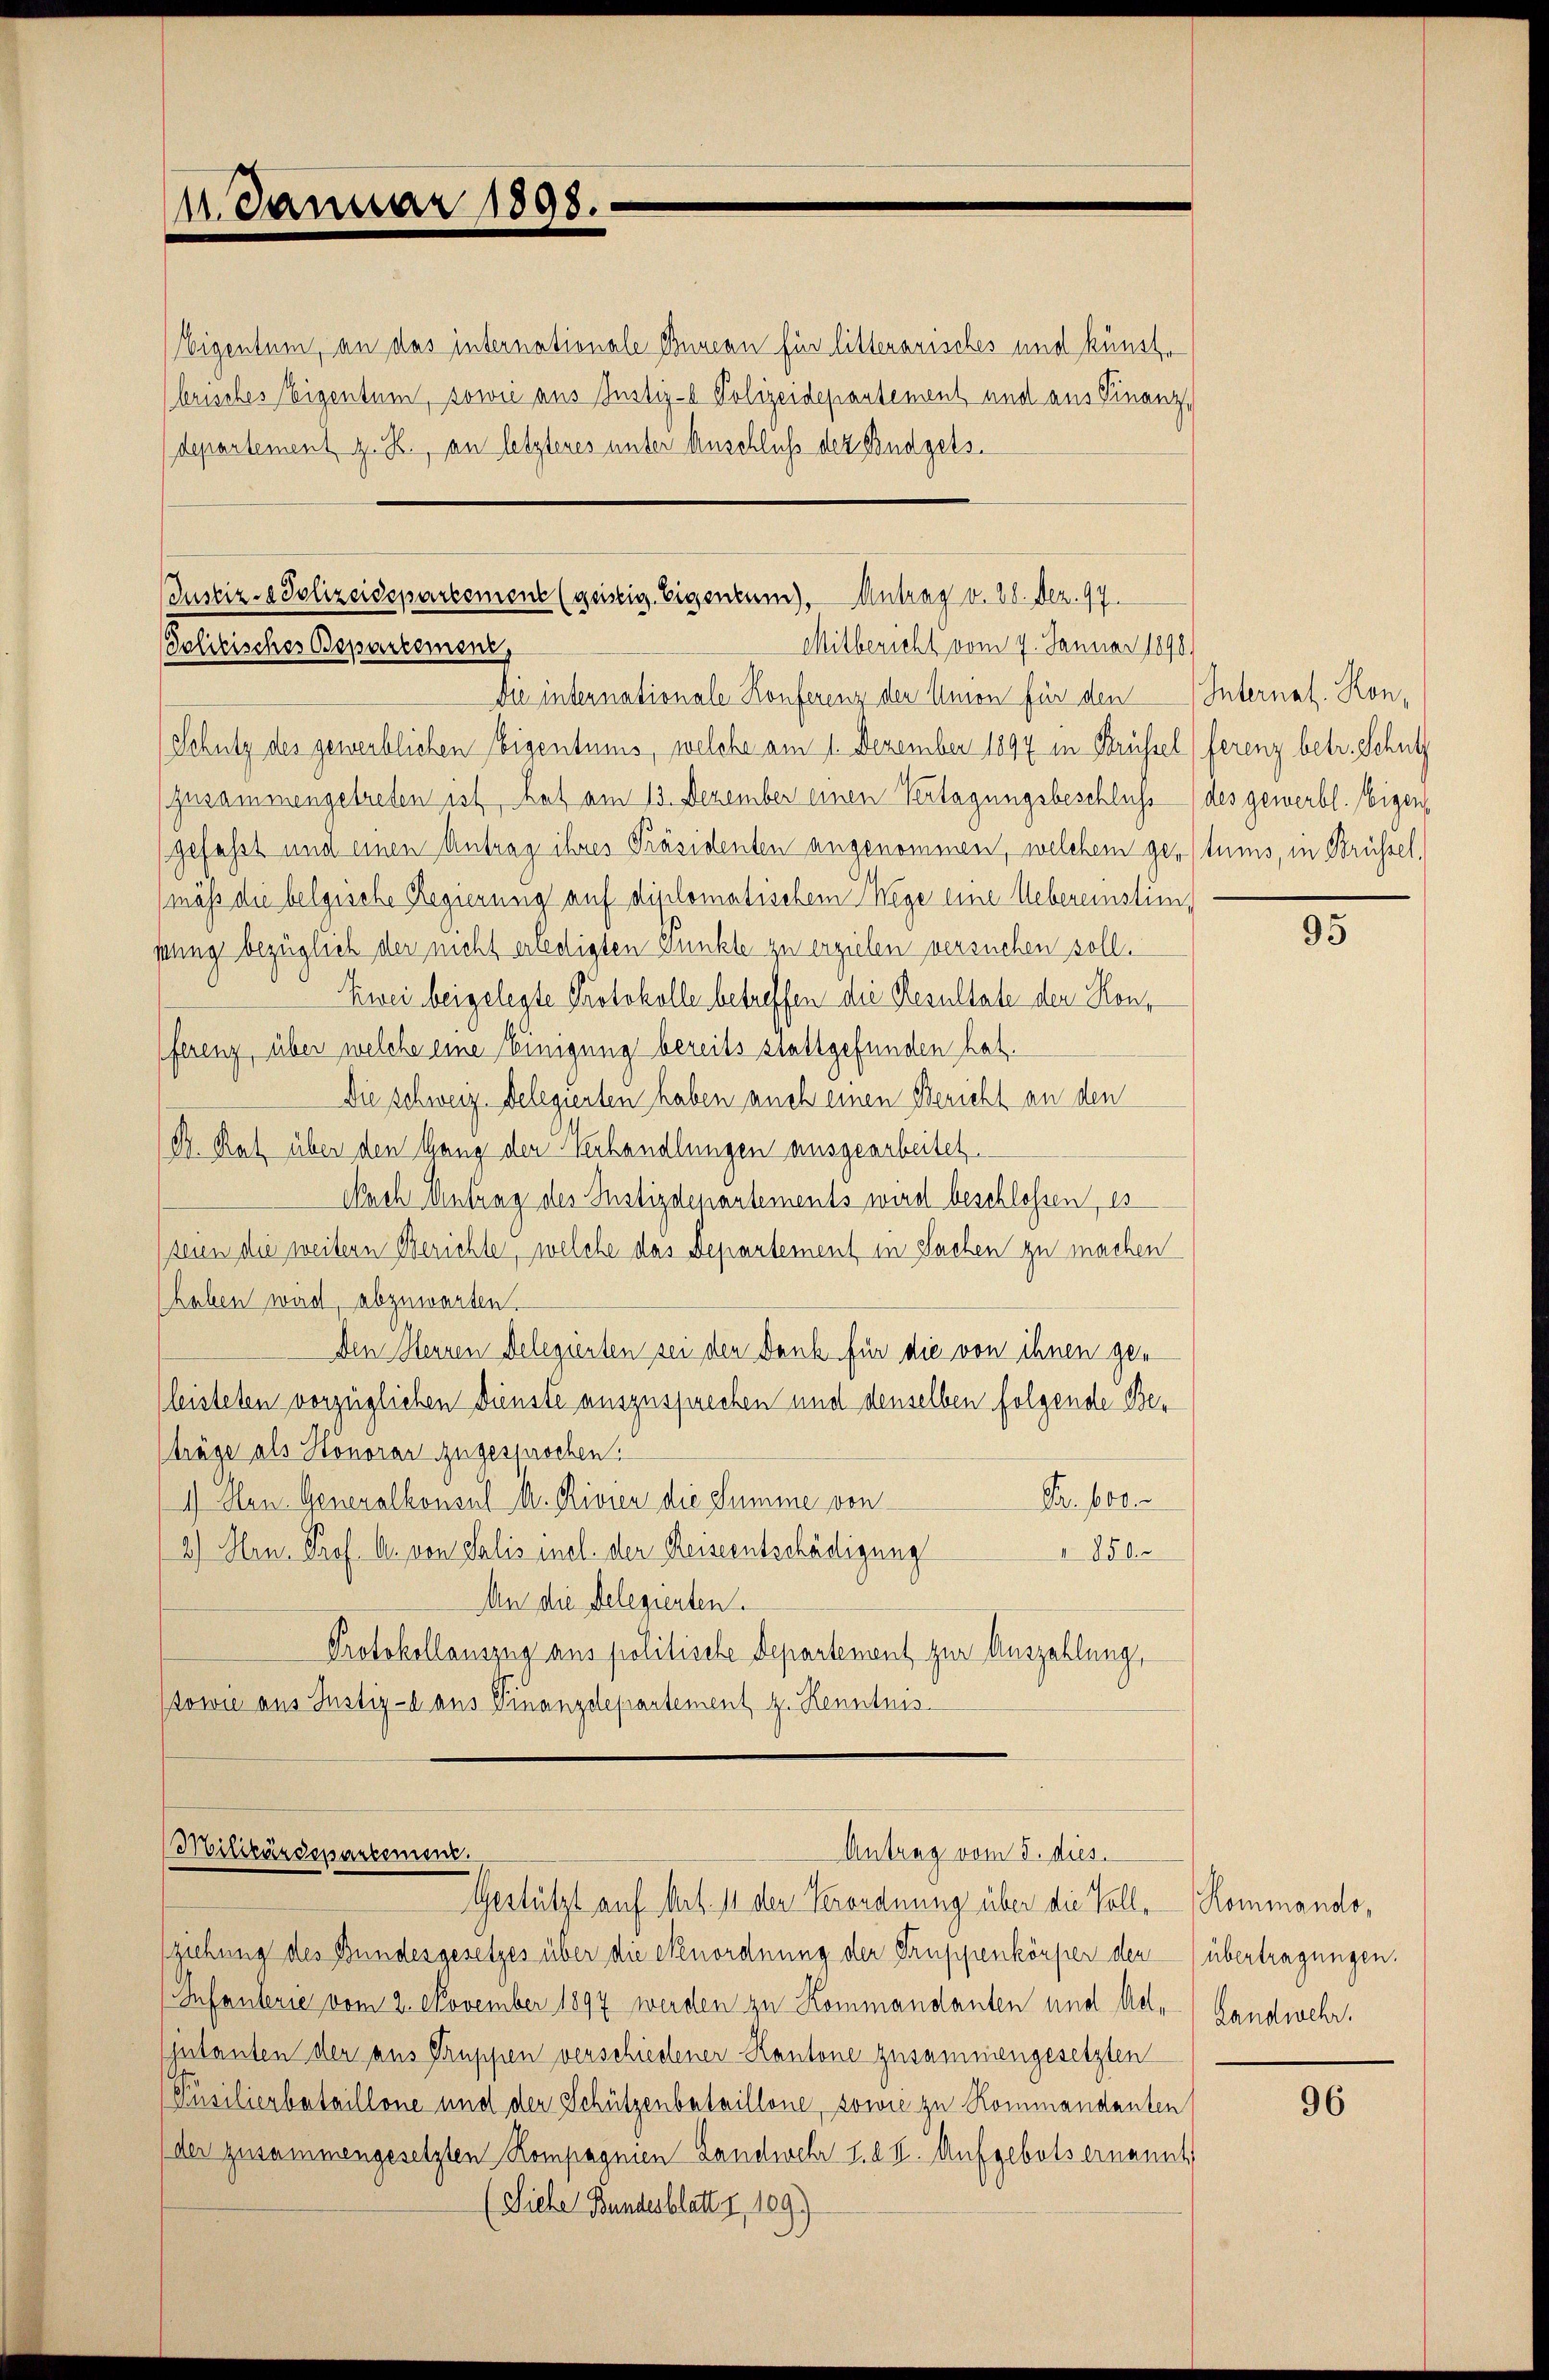
11. Januar 1898.

Eigentum, an das internationale Bnnern für litterarisches und künste
brisches Eigentum, sowie aus Justiz- Polizeidepartement und aus Finanzdepartement z. H., an letzteres unter Anschluß der Budgets.
Die internationale Konferenz der Union für den Internat. Kon¬
Schutz des gewerblichen Eigentums, welche am 1. Dezember 1894 in Brüssel ferenz betr. Schutz
zusammengetreten ist, hat am 13. Dezember einen Vertagungsbeschluss des gewerbl. Eigen
gefaßt und einen Antrag ihres Präsidenten angenommen, welchem gentums, in Brüssel,
mäß die belgische Regierung auf diplomatischem Wege eine Uebereinstein
pung bezüglich der nicht erledigten Punkte zu erzielen versuchen soll.
Zwei beigelegte Protokolle betreffen an Resultate den Konferenz, über welche eine Einigung bereits stattgefunden hat.
Die schweiz. Delegierten haben auch einen Bericht an den
B. Rat über den Gang der Verhandlungen ausgearbeitet.
Nach Antrag des Justizdepartements wird beschlossen, es
teien die weitern Berichte, welche das Departement in Sachen zu machen
haben wird, abzuwarten.
Den Herren Delegierten sei den Dank für die von ihnen geleisteten vorzüglichen Dünste auszusprechen und denselben folgende Beträge als Honorar zugesprochen.
Fr. 100 r
1.) Mon. Generalkonsul M. Rivier die Summe von
2.) Hrn. Prof. A. von Salis incl. der Reiseentschädigung
250
An die Delegierten.
Protokollauszug aus politische Departement zur Auszahlung,
Kowie aus Justiz - aus Finanzdepartement z. Kenntnis

Justiz- & Polizeisepartement (geistig. Eigentum). Antrag v. 28. Dez. 97.
Politisches Departement,
Mitbericht vom 9. Januar 1898)

Militärdepartement.
Antrag vom 5. dies.
Gestützt auf Art. 11 der Verordnung über die Voll, Kommando,

ziehung des Bundesgesetzes über die Ekenordnung der Truppenkörper den übertragungen.
Infanterie vom 2. November 1897 werden zu Kommandanten und Acte Landwehr,
jutanten der aus Gruppen verschiedener Kantone zusammengesetzten
Püsilierbataillone und der Schützenbataillone, sowie zu Kommandanten
der zusammengesetzten Kompagnien Landwehr u. a. II. Aufgebots ernannt,
(Siehe Bundesblatt, 109)

95

96